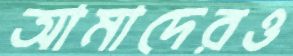
আমাদেরও